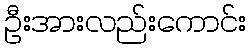
ဦးအားလည်းကောင်း